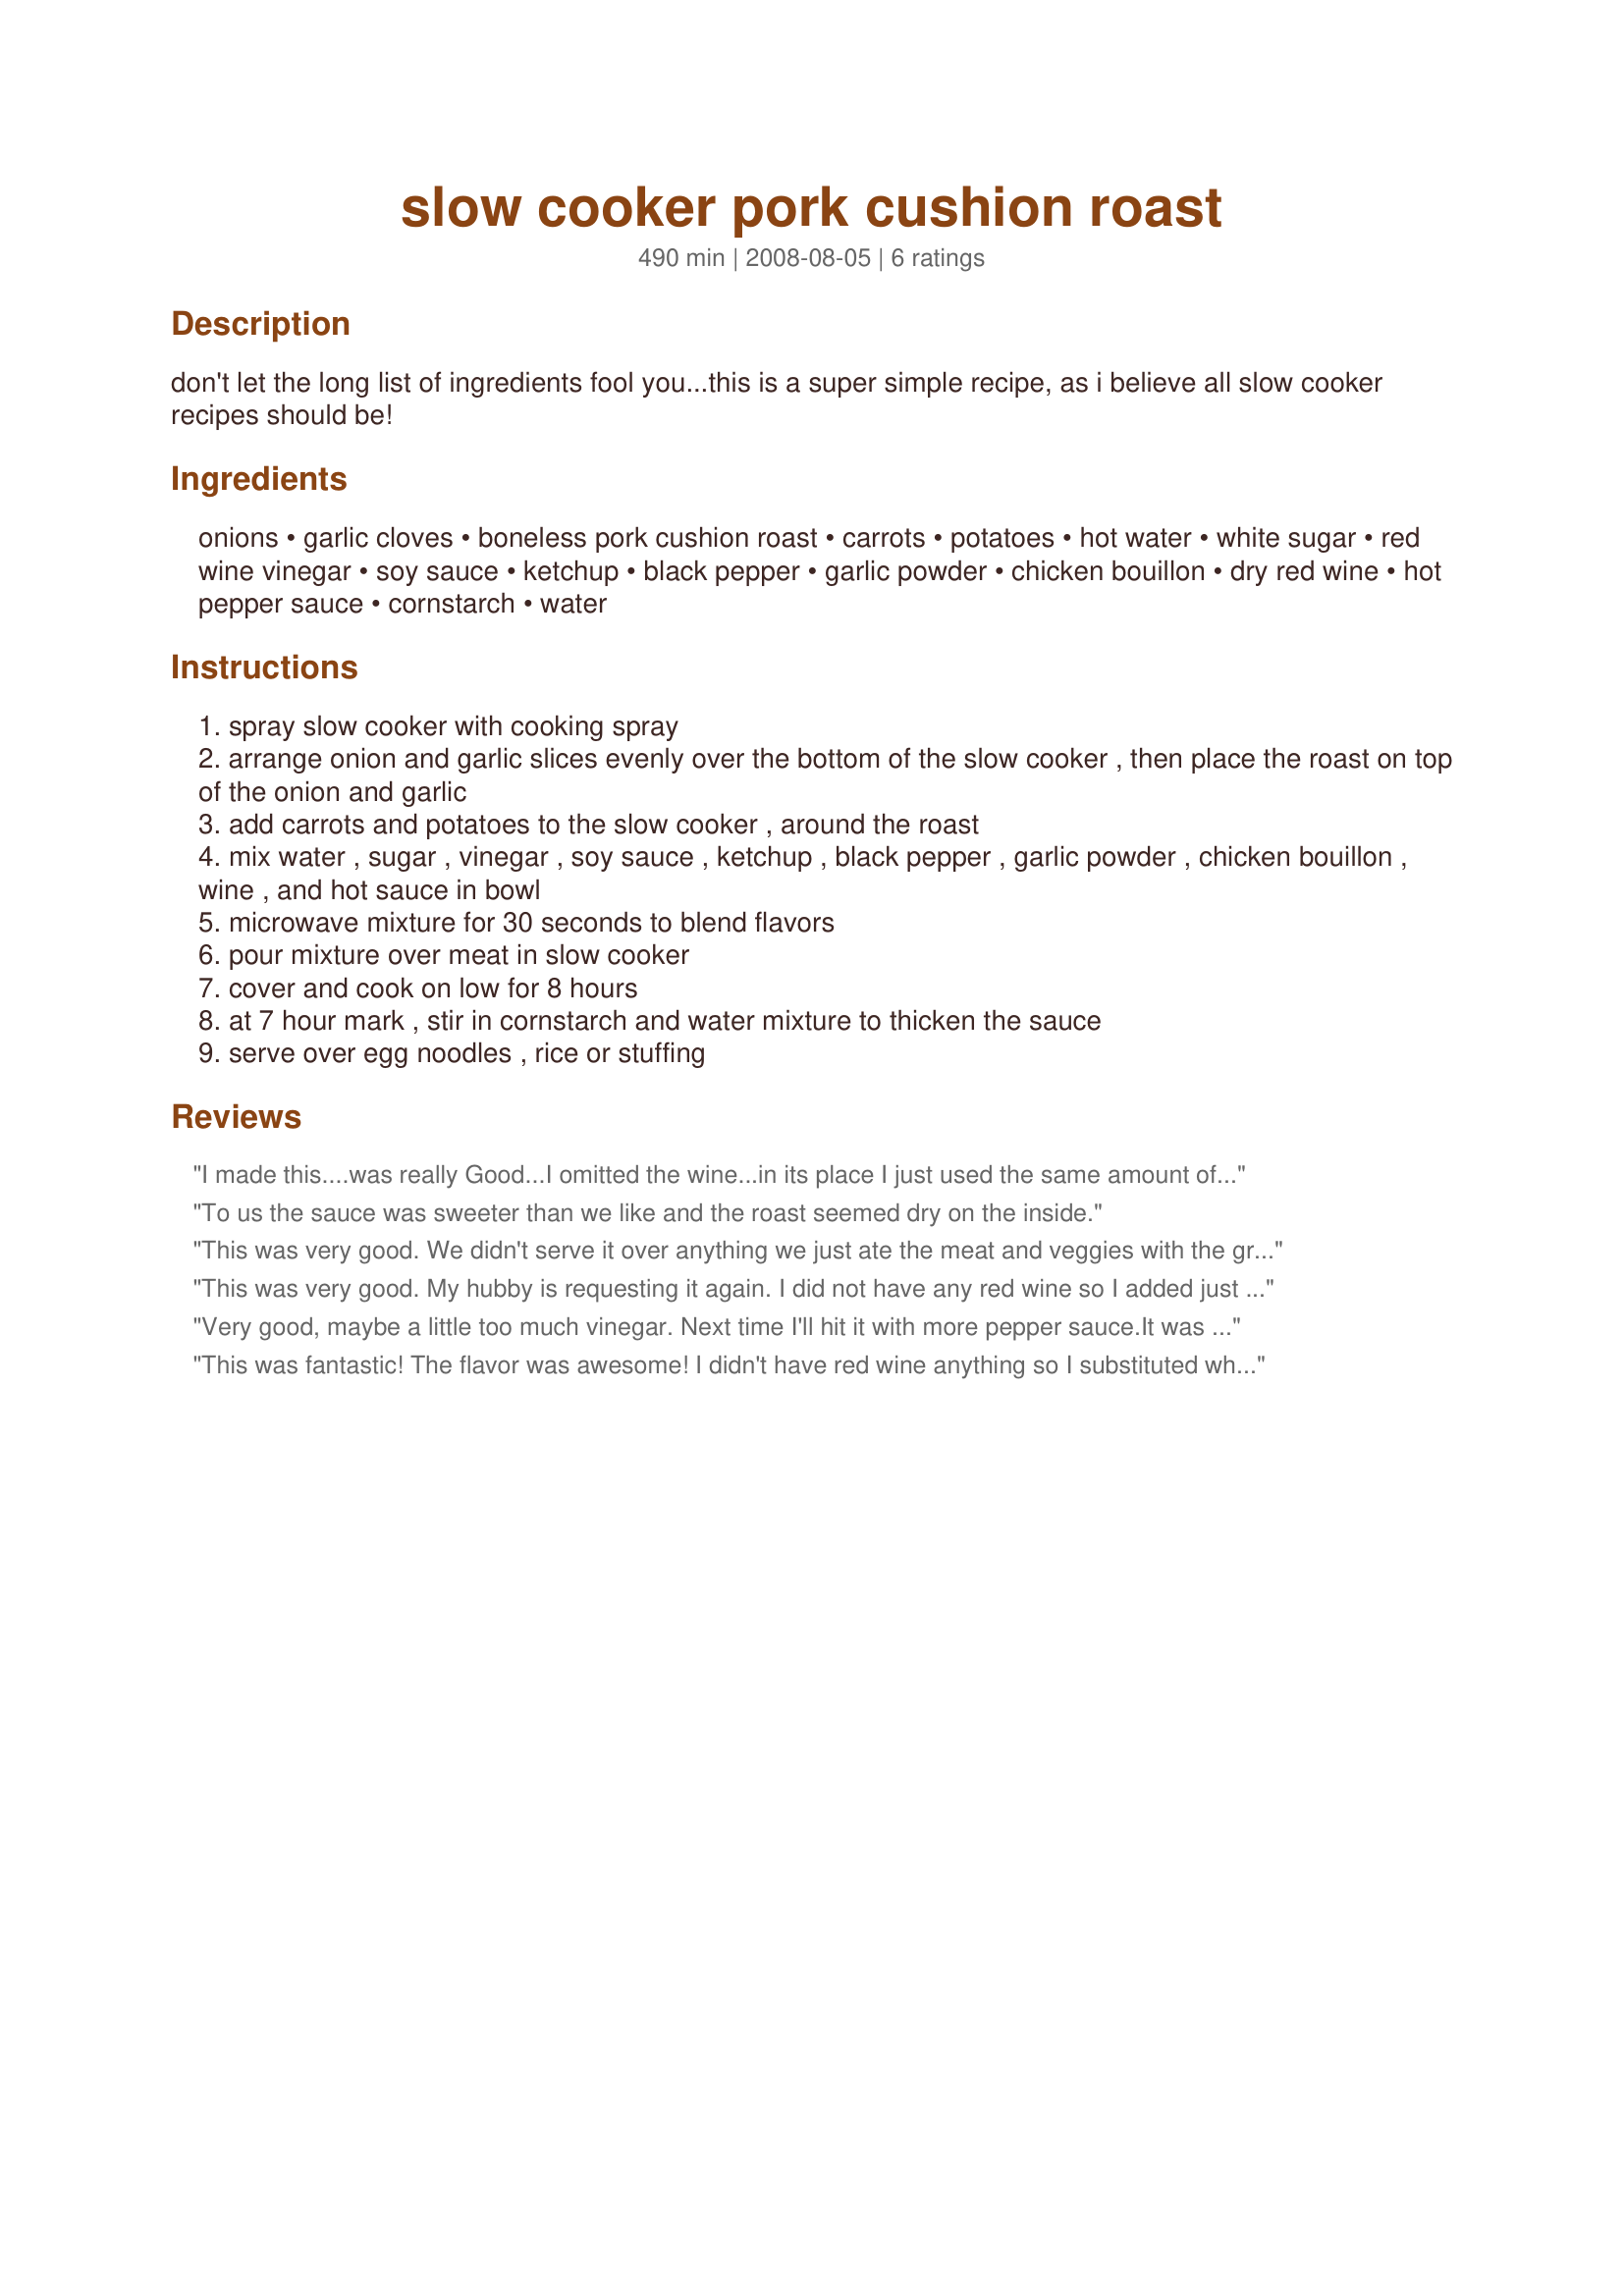
slow cooker pork cushion roast
Preparation time: 490 minutes

don't let the long list of ingredients fool you...this is a super simple recipe, as i believe all slow cooker recipes should be!

Ingredients:
onions, garlic cloves, boneless pork cushion roast, carrots, potatoes, hot water, white sugar, red wine vinegar, soy sauce, ketchup, black pepper, garlic powder, chicken bouillon, dry red wine, hot pepper sauce, cornstarch, water

Steps:
spray slow cooker with cooking spray
arrange onion and garlic slices evenly over the bottom of the slow cooker , then place the roast on top of the onion and garlic
add carrots and potatoes to the slow cooker , around the roast
mix water , sugar , vinegar , soy sauce , ketchup , black pepper , garlic powder , chicken bouillon , wine , and hot sauce in bowl
microwave mixture for 30 seconds to blend flavors
pour mixture over meat in slow cooker
cover and cook on low for 8 hours
at 7 hour mark , stir in cornstarch and water mixture to thicken the sauce
serve over egg noodles , rice or stuffing

Reviews:
I made this....was really Good...I omitted the wine...in its place I just used the same amount of water...I also put fresh cilantro on top of the meat...will make this again ?? My husband couldn't get enough of the sauce....I just might make the sauce and put it on other things..?? Ate on it for 5 meals....great value....purchased the cushion roast for $1.29lb.
To us the sauce was sweeter than we like and the roast seemed dry on the inside.
This was very good. We didn't serve it over anything we just ate the meat and veggies with the gravy. Thanks so much for posting, this was enjoyed by all.
This was very good. My hubby is requesting it again. I did not have any red wine so I added just a little more water to compensate. 

I served it with rice.
Very good, maybe a little too much vinegar. Next time I'll hit it with more pepper sauce.<br/>It was a little dry, our sloow cooker is large so the liquid only covered half the 3.5 # "roast.'<br/>Should it been covered" Seved it over rice. We'll do it again
This was fantastic! The flavor was awesome! I didn't have red wine anything so I substituted white instead! Also I'm not that big of a fan of any vinegar, but I did enjoy this recipe! And so did my husband, 15 month old daughter and my mother!!!! THANKS! :)
